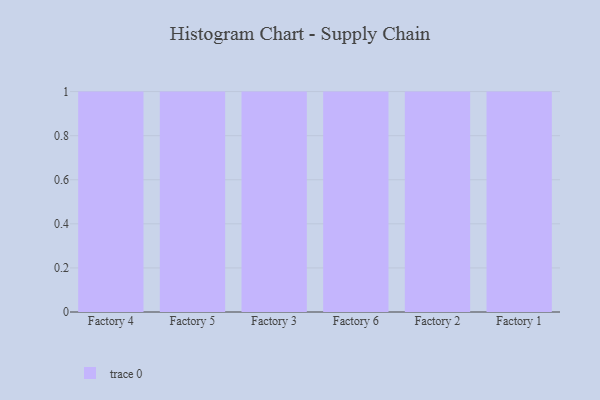
{"axis": {"x": "Factory", "y": "Net Income (USD K)"}, "legend": [""], "data": [{"x": "Factory 4", "y": 96, "type": ""}, {"x": "Factory 5", "y": 89, "type": ""}, {"x": "Factory 3", "y": 99, "type": ""}, {"x": "Factory 6", "y": 67, "type": ""}, {"x": "Factory 2", "y": 79, "type": ""}, {"x": "Factory 1", "y": 16, "type": ""}]}